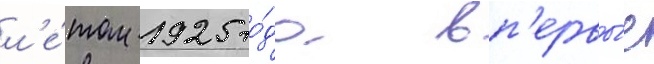
л'е́том 1925 го́да вп'ервы́е